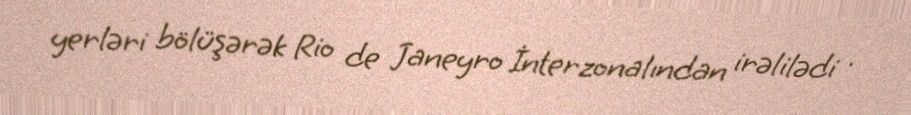
yerləri bölüşərək Rio de Janeyro İnterzonalından irəlilədi .